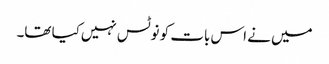
میں نے اس بات کو نوٹس نہیں‌کیا تھا۔